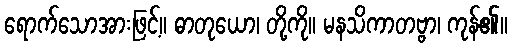
ရောက်သောအားဖြင့်။ ဓာတုယော၊ တို့ကို။ မနသိကာတဗ္ဗာ၊ ကုန်၏။